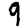
Digit: 9